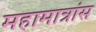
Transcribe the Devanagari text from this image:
महामात्रांस